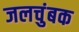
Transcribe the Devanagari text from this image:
जलचुंबक